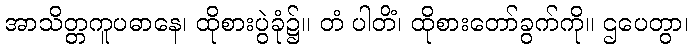
အာသိတ္တကူပဓာနေ၊ ထိုစားပွဲခုံ၌။ တံ ပါတိံ၊ ထိုစားတော်ခွက်ကို။ ဌပေတွာ၊